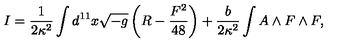
I = \frac { 1 } { 2 \kappa ^ { 2 } } \int d ^ { 1 1 } x \sqrt { - g } \left( R - \frac { F ^ { 2 } } { 4 8 } \right) + \frac { b } { 2 \kappa ^ { 2 } } \int A \land F \land F ,